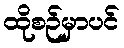
ထိုစဉ်မှာပင်